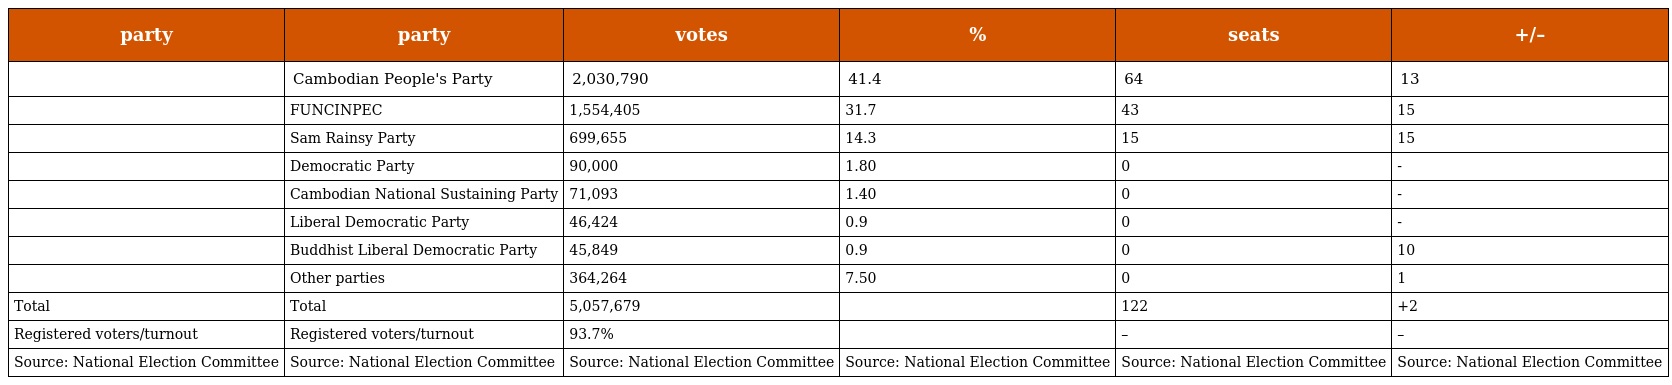
| party | party | votes | % | seats | +/– |
 | --- | --- | --- | --- | --- | --- |
 |  | Cambodian People's Party | 2,030,790 | 41.4 | 64 | 13 |
 |  | FUNCINPEC | 1,554,405 | 31.7 | 43 | 15 |
 |  | Sam Rainsy Party | 699,655 | 14.3 | 15 | 15 |
 |  | Democratic Party | 90,000 | 1.80 | 0 | - |
 |  | Cambodian National Sustaining Party | 71,093 | 1.40 | 0 | - |
 |  | Liberal Democratic Party | 46,424 | 0.9 | 0 | - |
 |  | Buddhist Liberal Democratic Party | 45,849 | 0.9 | 0 | 10 |
 |  | Other parties | 364,264 | 7.50 | 0 | 1 |
 | Total | Total | 5,057,679 |  | 122 | +2 |
 | Registered voters/turnout | Registered voters/turnout | 93.7% |  | – | – |
 | Source: National Election Committee | Source: National Election Committee | Source: National Election Committee | Source: National Election Committee | Source: National Election Committee | Source: National Election Committee |